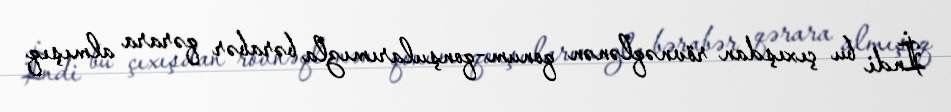
İndi bu çıxışdan rövnəqlənən qonum-qonşularımızla bərabər qərara almışıq